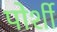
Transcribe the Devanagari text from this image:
पोर्शी